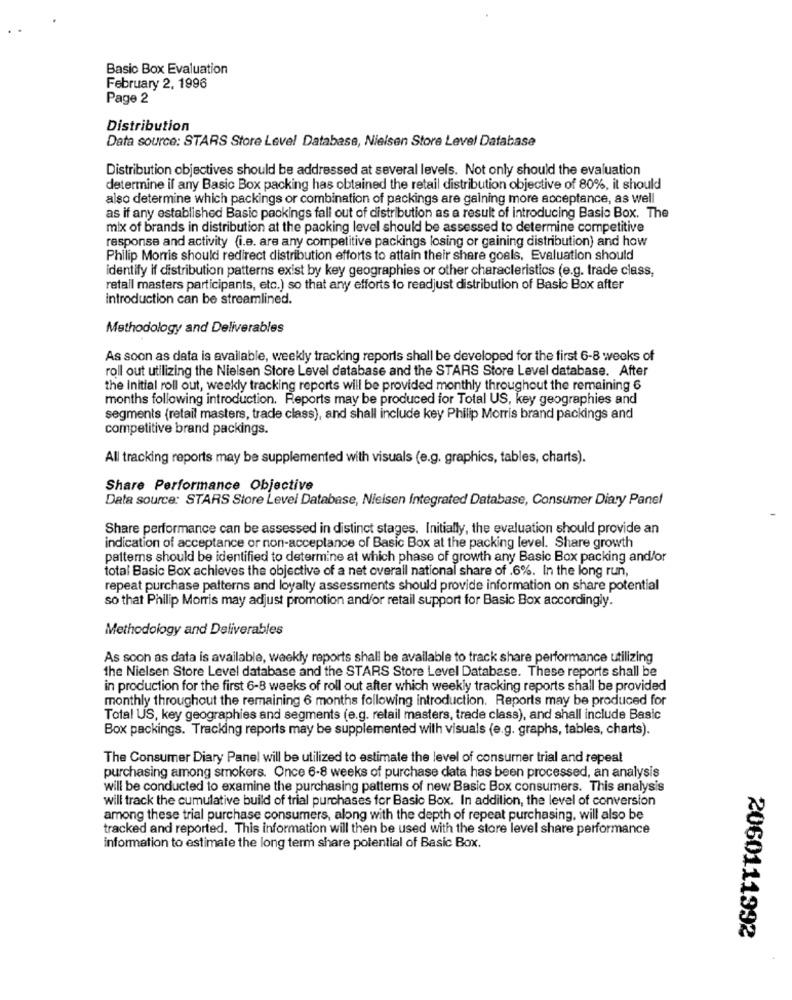
Basic Box Evaluation
February 2, 1996
Page 2
Distribution
Data source: STARS Store Level Database, Nielsen Store Level Database
Distribution objectives should be addressed at several levels. Not only should the evaluation
determine if any Basic Box packing has obtained the retail distribution objective of 80%, it should
also determine which packings or combination of packings are gaining more acceptance, as well
as if any established Basic packings fall out of distribution as a result of introducing Basic Box. The
mix of brands in distribution at the packing level should be assessed to determine competitive
response and activity (i.e. are any competitive packings losing or gaining distribution) and how
Philip Morris should redirect distribution efforts to attain their share goals, Evaluation should
identify if distribution patterns exist by key geographies or other characteristics (e.g. trade class,
retail masters participants, etc.) so that any efforts to readjust distribution of Basio Box after
introduction can be streamlined.
Methodology and Deliverables
As soon as data is available, weekly tracking reports shall be developed for the first 6-8 weeks of
roll out utilizing the Nielsen Store Level database and the STARS Store Level database. After
the initial roll out, weekly tracking reports will be provided monthly throughout the remaining 6
months following introduction. Reports may be produced for Total US, key geographies and
segments (retail masters, trade class), and shall include key Philip Morris brand packings and
competitive brand packings.
All tracking reports may be supplemented with visuals (e.g. graphics, tables, charts).
Share Performance Objective
Data source: STARS Store Level Database, Nieisen Integrated Database, Consumer Diary Panel
Share performance can be assessed in distinct stages. Initially, the evaluation should provide an
indication of acceptance or non-acceptance of Basic Box at the packing level. Share growth
patterns should be identified to determine at which phase of growth any Basic Box packing and/or
total Basic Box achieves the objective of a net overall national share of .6%. In the long run,
repeat purchase patterns and loyalty assessments should provide information on share potential
so that Philip Morris may adjust promotion and/or retail support for Basic Box accordingly.
Methodology and Deliverables
As soon as data is available, weekly reports shall be available to track share performance utilizing
the Nielsen Store Level database and the STARS Store Level Database. These reports shall be
in production for the first 6-8 weeks of roll out after which weekly tracking reports shall be provided
monthly throughout the remaining 6 months following introduction. Reports may be produced for
Total US, key geographies and segments (e.g. retail masters, trade class), and shall include Basic
Box packings. Tracking reports may be supplemented with visuals (e.g. graphs, tables, charts).
The Consumer Diary Panel will be utilized to estimate the level of consumer trial and repeat
purchasing among smokers. Once 6-8 weeks of purchase data has been processed, an analysis
will be conducted to examine the purchasing patterns of new Basic Box consumers. This analysis
will track the cumulative build of trial purchases for Basic Box. In addition, the level of conversion
among these trial purchase consumers, along with the depth of repeat purchasing, will also be
tracked and reported. This information will then be used with the store level share performance
information to estimate the long term share potential of Basic Box.
2060111992